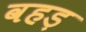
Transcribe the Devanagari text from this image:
वहड़